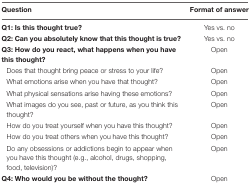
<table><thead><tr><td><b>Question</b></td><td><b>Format of answer</b></td></tr></thead><tbody><tr><td><b>Q1: Is this thought true?</b></td><td>Yes vs. no</td></tr><tr><td><b>Q2: Can you absolutely know that this thought is true?</b></td><td>Yes vs. no</td></tr><tr><td><b>Q3: How do you react, what happens when you have this thought?</b></td><td>Open</td></tr><tr><td>Does that thought bring peace or stress to your life?</td><td>Open</td></tr><tr><td>What emotions arise when you have that thought?</td><td>Open</td></tr><tr><td>What physical sensations arise having these emotions?</td><td>Open</td></tr><tr><td>What images do you see, past or future, as you think this thought?</td><td>Open</td></tr><tr><td>How do you treat yourself when you have this thought?</td><td>Open</td></tr><tr><td>How do you treat others when you have this thought?</td><td>Open</td></tr><tr><td>Do any obsessions or addictions begin to appear when you have this thought (e.g., alcohol, drugs, shopping, food, television)?</td><td>Open</td></tr><tr><td><b>Q4: Who would you be without the thought?</b></td><td>Open</td></tr></tbody></table>